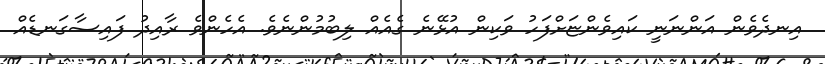
އިނދެވެން އަންނަނީ ކައިވެންޏަށްފަހު ވަކިން އުޅޭނެ ގެއެއް ލިބުމުންނެވެ. އެހެންވެ ރާއިދު ފައިސާގަނޑެއް